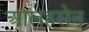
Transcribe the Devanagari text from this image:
आलहसेन